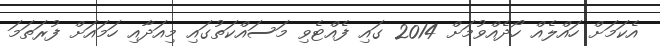
އެކަމަށް ހައްލެއް ހޯދެއްވުމަށް 2014 ގައި ފެއްޓެވި މަސައްކަތުގައި މިއަދާއި ހަމައަށް ފުރަތަމަ